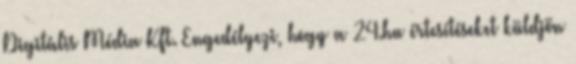
Digitális Média Kft. Engedélyezi, hogy a 24.hu értesítéseket küldjön